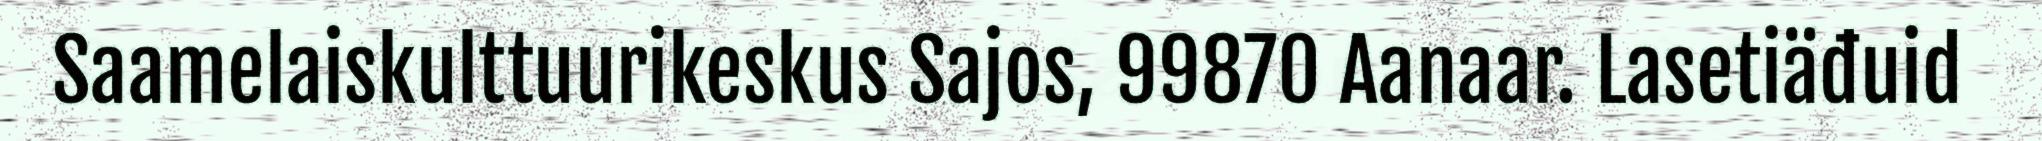
Saamelaiskulttuurikeskus Sajos, 99870 Aanaar. Lasetiäđuid